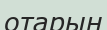
отарын